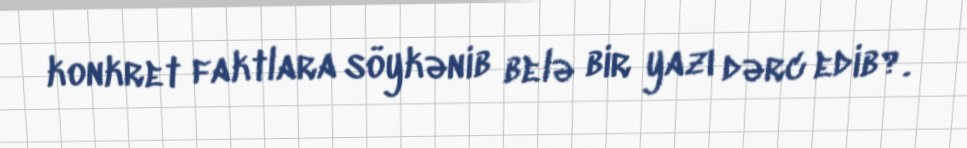
konkret faktlara söykənib belə bir yazı dərc edib?.